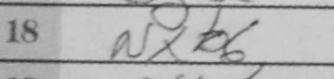
Transcription: Nxb6